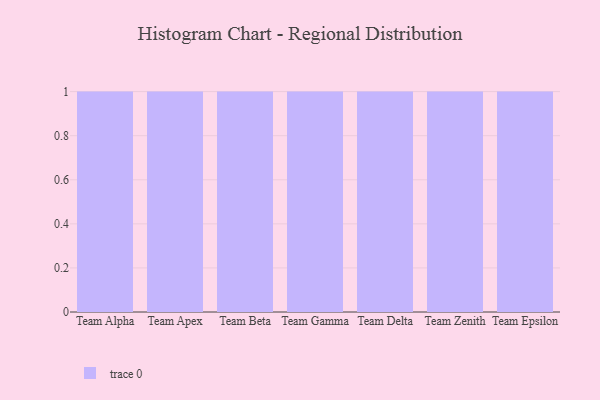
{"axis": {"x": "Team", "y": "LTV (USD)"}, "legend": [""], "data": [{"x": "Team Alpha", "y": 6, "type": ""}, {"x": "Team Apex", "y": 51, "type": ""}, {"x": "Team Beta", "y": 49, "type": ""}, {"x": "Team Gamma", "y": 69, "type": ""}, {"x": "Team Delta", "y": 86, "type": ""}, {"x": "Team Zenith", "y": 49, "type": ""}, {"x": "Team Epsilon", "y": 94, "type": ""}]}